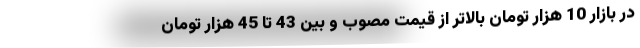
در بازار 10 هزار تومان بالاتر از قیمت مصوب و بین 43 تا 45 هزار تومان